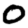
Digit: 0